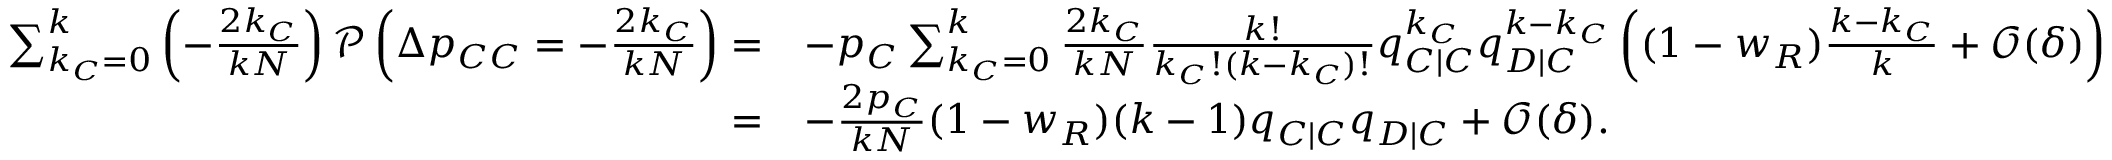
\begin{array} { r l } { \sum _ { k _ { C } = 0 } ^ { k } { \left( - \frac { 2 k _ { C } } { k N } \right) \mathcal { P } \left( \Delta p _ { C C } = - \frac { 2 k _ { C } } { k N } \right) } = } & { - p _ { C } \sum _ { k _ { C } = 0 } ^ { k } { \frac { 2 k _ { C } } { k N } \frac { k ! } { k _ { C } ! ( k - k _ { C } ) ! } q _ { C | C } ^ { k _ { C } } q _ { D | C } ^ { k - k _ { C } } \left( ( 1 - w _ { R } ) \frac { k - k _ { C } } { k } + \mathcal { O } ( \delta ) \right) } } \\ { = } & { - \frac { 2 p _ { C } } { k N } ( 1 - w _ { R } ) ( k - 1 ) q _ { C | C } q _ { D | C } + \mathcal { O } ( \delta ) . } \end{array}